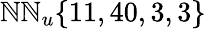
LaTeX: \mathbb{N}\mathbb{N}_{u}\{ 11,40,3,3\}